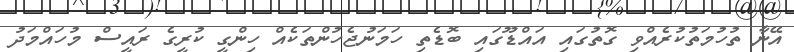
އޭނާ ތުހުމަތުކުރެއްވި ގޮތުގައި އައްޑޫގައި ބޮޑެތި ހަމަނުޖެހުންތަކެއް ހިންގީ ކުރީގެ ރައީސް މުހައްމަދު